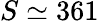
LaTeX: S\simeq 361